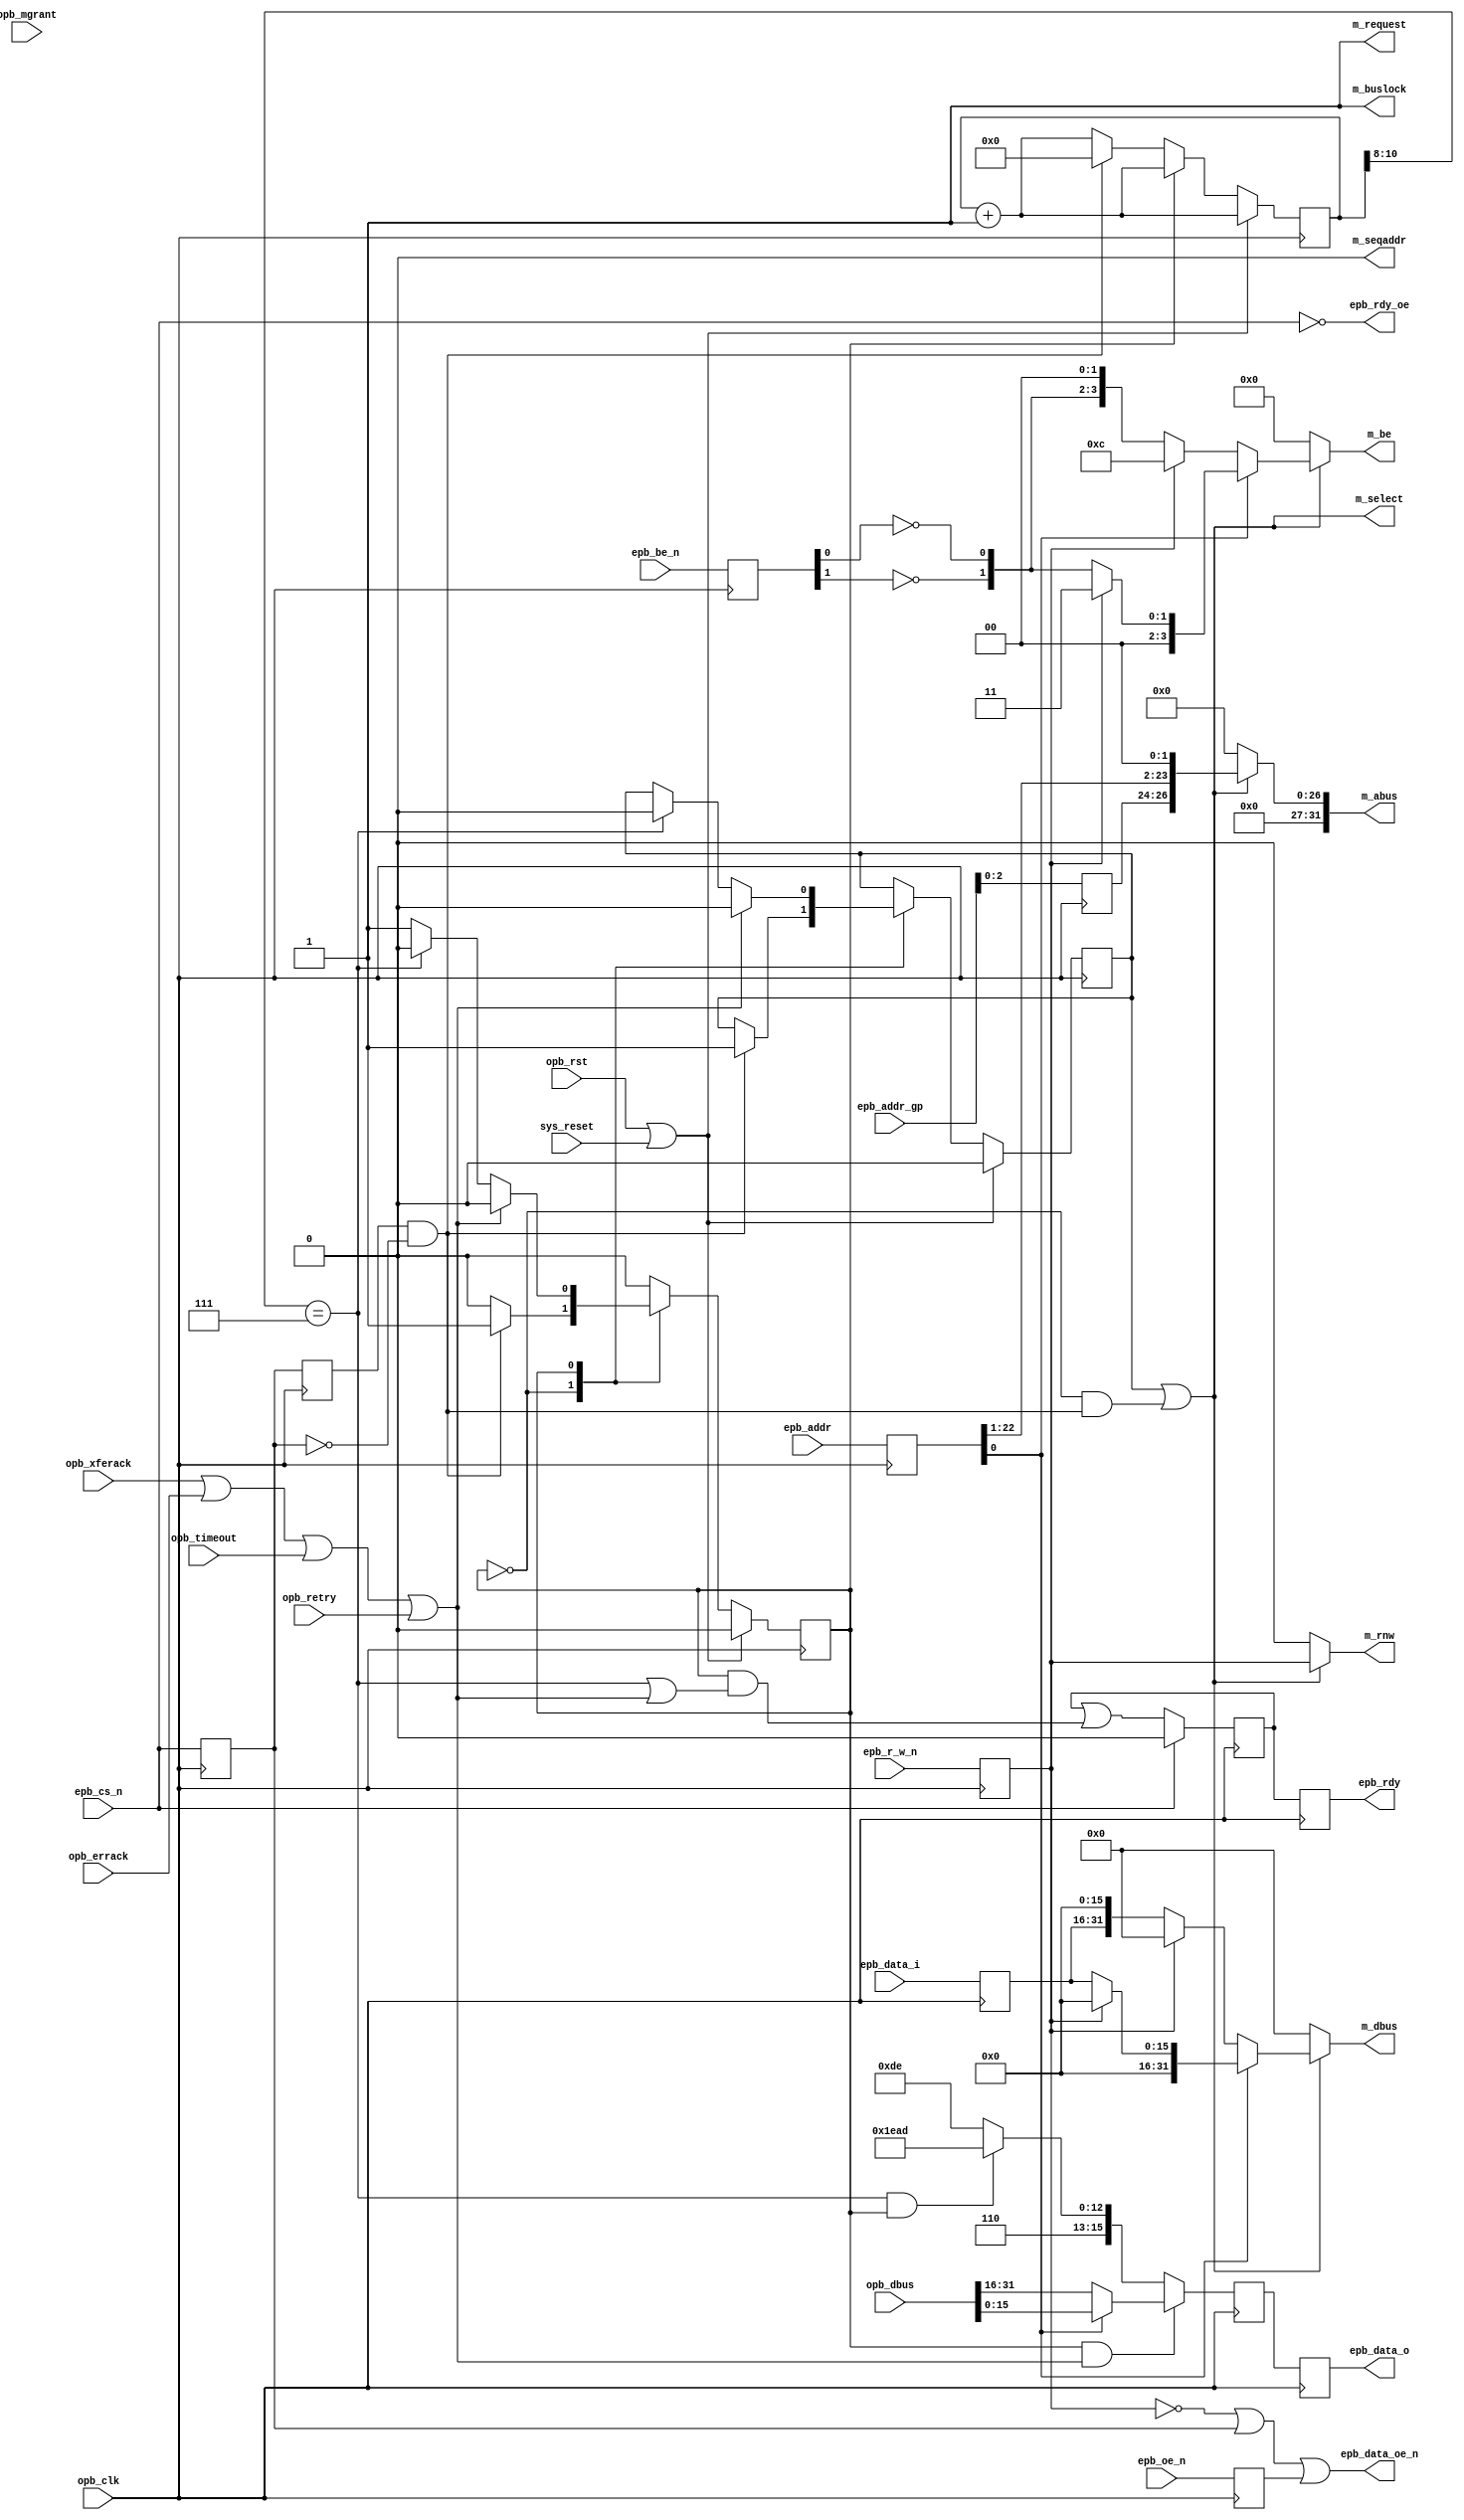
module epb_opb_bridge(
    sys_reset,

    epb_data_oe_n,
    epb_cs_n, epb_r_w_n, epb_be_n, 
    epb_oe_n,
    epb_addr, epb_addr_gp,
    epb_data_i, epb_data_o,
    epb_rdy,
    epb_rdy_oe,

    opb_clk,
    opb_rst,
    m_request,
    m_buslock,
    m_select,
    m_rnw,
    m_be,
    m_seqaddr,
    m_dbus,
    m_abus,
    opb_mgrant,
    opb_xferack,
    opb_errack,
    opb_retry,
    opb_timeout,
    opb_dbus
  );
  input  sys_reset;

  output epb_data_oe_n;
  input  epb_cs_n, epb_oe_n, epb_r_w_n;
  input   [1:0] epb_be_n;
  input  [22:0] epb_addr;
  input   [5:0] epb_addr_gp;
  input  [15:0] epb_data_i;
  output [15:0] epb_data_o;
  output epb_rdy;
  output epb_rdy_oe;

  input  opb_clk, opb_rst;
  output m_request;
  output m_buslock;
  output m_select;
  output m_rnw;
  output [0:3]  m_be;
  output m_seqaddr;
  output [0:31] m_dbus;
  output [0:31] m_abus;
  input  opb_mgrant;
  input  opb_xferack;
  input  opb_errack;
  input  opb_retry;
  input  opb_timeout;
  input  [0:31] opb_dbus;

  /********************** *******************/

  reg  epb_cs_n_reg, epb_oe_n_reg, epb_r_w_n_reg;
  reg   [1:0] epb_be_n_reg;
  reg  [22:0] epb_addr_reg;
  reg   [5:0] epb_addr_gp_reg;
  reg  [15:0] epb_data_i_reg;
  (* maxdelay = "4.0 ns" *) wire epb_cs_n_int;

  always @(posedge opb_clk) begin
    epb_cs_n_reg    <= epb_cs_n_int;
    epb_oe_n_reg    <= epb_oe_n;
    epb_r_w_n_reg   <= epb_r_w_n;
    epb_be_n_reg    <= epb_be_n;
    epb_addr_reg    <= epb_addr;
    epb_addr_gp_reg <= epb_addr_gp;
    epb_data_i_reg  <= epb_data_i;
  end
  assign epb_cs_n_int = epb_cs_n;

  //synthesis attribute iob of epb_data_i_reg is true
  //synthesis attribute iob of epb_addr_gp_reg is true
  //synthesis attribute iob of epb_addr_reg is true
  //synthesis attribute iob of epb_be_n_reg is true
  //synthesis attribute iob of epb_oe_n_reg is true
  //synthesis attribute iob of epb_r_w_n_reg is true


  /***** epb cs edge detection *****/
  reg prev_cs_n;
  always @(posedge opb_clk) begin 
    prev_cs_n <= epb_cs_n_reg;
  end

  /***** misc assignments *****/
  wire epb_trans_strb = (prev_cs_n && !epb_cs_n_reg);
  wire epb_trans      = !epb_cs_n_reg;
  wire opb_reply      = opb_xferack | opb_errack | opb_timeout | opb_retry;

  assign epb_data_oe_n = (!epb_r_w_n_reg) | (!epb_trans) | epb_oe_n_reg; //0 when read = 1 and epb_tran = 1 and epb_oe_n = 0 else 1

  /***** opb output assignments *****/
  assign m_request = 1'b1;
  assign m_buslock = 1'b1;
  assign m_seqaddr = 1'b0; //todo: implement bursting

  reg m_rnw;
  reg [0:31] m_abus;
  reg [0:3 ] m_be;
  reg [0:31] m_dbus;
  always @(*) begin
    if (!m_select) begin
      m_rnw  <= 1'b0;
      m_abus <= 32'b0;
      m_be   <= 4'b0;
      m_dbus <= 32'b0;
    end else begin
      m_rnw  <= epb_r_w_n_reg;
      m_abus <= {5'b0, epb_addr_gp_reg[2:0], epb_addr_reg[22:1], 2'b0}; //bit truncated to support 32 bit addressing
      if (epb_addr_reg[0]) begin
        if (epb_r_w_n_reg) begin
          m_be   <= {2'b0, 2'b11};
          m_dbus <= 32'b0;
        end else begin
          m_be   <= {2'b0, !epb_be_n_reg[1], !epb_be_n_reg[0]};
          m_dbus <= {16'b0, epb_data_i_reg};
        end
      end else begin
        if (epb_r_w_n_reg) begin
          m_be   <= {2'b11, 2'b00};
          m_dbus <= 32'b0;
        end else begin
          m_be   <= {!epb_be_n_reg[1], !epb_be_n_reg[0], 2'b00};
          m_dbus <= {epb_data_i_reg, 16'b0};
        end
      end
    end
  end

  /******************** epb/opb state machine ********************/

  reg opb_state;
  localparam opb_state_idle = 1'd0; 
  localparam opb_state_wait = 1'd1; 

  /* cut through routed m_select */
  reg m_select_reg;
  assign m_select = m_select_reg || (opb_state == opb_state_idle && epb_trans_strb);
 
  /* cut through routed epb_rdy and epb_data_o */
  wire         epb_rdy_int = opb_state == opb_state_wait && opb_reply;
  wire [15:0] epb_data_int = epb_addr_reg[0] ? opb_dbus[16:31] : opb_dbus[0:15];

  reg [10:0] timeout_counter;

  reg opb_state_z;

  wire bus_timeout = timeout_counter[10:8] == 3'b111;

  always @(posedge opb_clk) begin
    timeout_counter <= timeout_counter + 1;
    opb_state_z <= opb_state;

    //strobes
    if (opb_rst | sys_reset) begin
      m_select_reg <= 1'b0;
      opb_state    <= opb_state_idle;
    end else begin
      case (opb_state)
        opb_state_idle: begin
          if (epb_trans_strb) begin
            m_select_reg    <= 1'b1;
            opb_state       <= opb_state_wait;
            timeout_counter <= 0;
          end
        end
        opb_state_wait: begin

          if (bus_timeout) begin
            m_select_reg <= 1'b0;
            opb_state    <= opb_state_idle;
          end

          if (opb_reply) begin
            m_select_reg <= 1'b0;
            opb_state    <= opb_state_idle;
          end
        end
      endcase
    end
  end

  reg [15:0] epb_data_o_reg;
  reg epb_rdy_reg;

  always @(posedge opb_clk) begin
    epb_data_o_reg <= 16'hc0de;

    if (bus_timeout && opb_state == opb_state_wait)
      epb_data_o_reg <= 16'hdead;

    if (epb_rdy_int)
      epb_data_o_reg <= epb_data_int;
  end

  always @(posedge opb_clk) begin
    if (epb_cs_n_int) begin
      epb_rdy_reg <= 1'b0;
    end else begin
      epb_rdy_reg <= epb_rdy_reg | (opb_state == opb_state_wait && (bus_timeout || opb_reply));
    end
  end

  reg [15:0] epb_data_o;
  reg epb_rdy;

  always @(negedge opb_clk) begin
    epb_data_o <= epb_data_o_reg;
    epb_rdy <= epb_rdy_reg;
  end
  //synthesis attribute iob of epb_data_o is true
  //synthesis attribute iob of epb_rdy is true

  assign epb_rdy_oe = !epb_cs_n_int;

endmodule